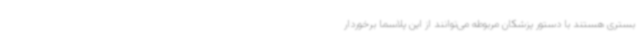
بستری هستند با دستور پزشکان مربوطه می‌توانند از این پلاسما برخوردار